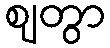
ဈတွာ